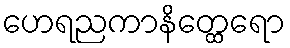
ဟေရညကာနိတ္ထေရော